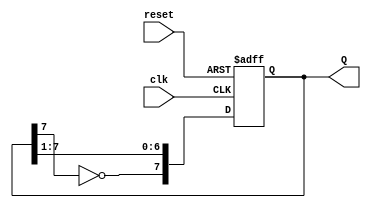
module johnson_counter (
    input wire clk,       // Clock input
    input wire reset,     // Active high reset
    output reg [7:0] Q    // 8-bit counter output
);

// Sequential logic for Johnson counter
always @(posedge clk or posedge reset) begin
    if (reset) begin
        Q <= 8'b00000000; // Reset the counter to 0
    end else begin
        // Johnson counter logic
        Q <= {~Q[7], Q[7:1]};
    end
end

endmodule